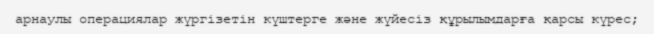
арнаулы операциялар жүргізетін күштерге және жүйесіз құрылымдарға қарсы күрес;